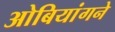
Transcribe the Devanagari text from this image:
ओबियांगने